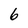
Character: 6